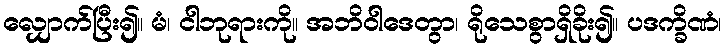
လျှောက်ပြီး၍။ မံ၊ ငါဘုရားကို။ အဘိဝါဒေတွာ၊ ရိုသေစွာရှိခိုး၍။ ပဒက္ခိဏံ၊